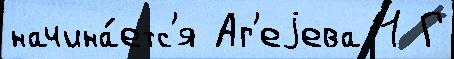
начина́етс'я Аг'еjева 1 Г